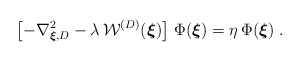
\begin{align*}\left[ -\nabla_{\mbox{\boldmath $\scriptstyle{ \xi}$},{D} }^2 - \lambda \, {\mathcal W}^{({D})}( \mbox{\boldmath $ \xi$} ) \right]\, \Phi ( \mbox{\boldmath $ \xi$} )= \eta \, \Phi ( \mbox{\boldmath $ \xi$} )\; .\end{align*}